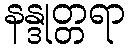
နန္ဒုတ္တရာ